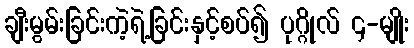
ချီးမွမ်းခြင်းကဲ့ရဲ့ခြင်းနှင့်စပ်၍ ပုဂ္ဂိုလ် ၄-မျိုး